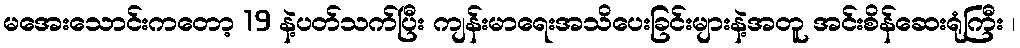
မအေးသောင်းကတော့ 19 နဲ့ပတ်သက်ပြီး ကျန်းမာရေးအသိပေးခြင်းများနဲ့အတူ အင်းစိန်ဆေးရုံကြီး ၊